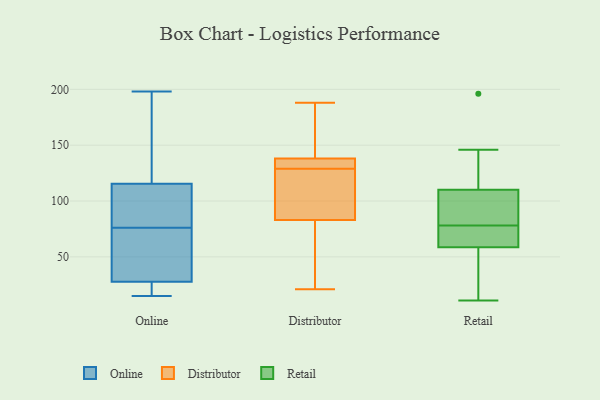
{"axis": {"x": "Conversion Rate (%)", "y": "Value"}, "legend": ["Distributor", "Online", "Retail"], "data": [{"x": "", "y": 54, "type": "Online"}, {"x": "", "y": 45, "type": "Online"}, {"x": "", "y": 148, "type": "Online"}, {"x": "", "y": 59, "type": "Online"}, {"x": "", "y": 198, "type": "Online"}, {"x": "", "y": 15, "type": "Online"}, {"x": "", "y": 116, "type": "Online"}, {"x": "", "y": 176, "type": "Online"}, {"x": "", "y": 30, "type": "Online"}, {"x": "", "y": 26, "type": "Online"}, {"x": "", "y": 77, "type": "Online"}, {"x": "", "y": 76, "type": "Online"}, {"x": "", "y": 16, "type": "Online"}, {"x": "", "y": 114, "type": "Online"}, {"x": "", "y": 20, "type": "Online"}, {"x": "", "y": 101, "type": "Online"}, {"x": "", "y": 198, "type": "Online"}, {"x": "", "y": 90, "type": "Online"}, {"x": "", "y": 27, "type": "Online"}, {"x": "", "y": 135, "type": "Distributor"}, {"x": "", "y": 139, "type": "Distributor"}, {"x": "", "y": 98, "type": "Distributor"}, {"x": "", "y": 145, "type": "Distributor"}, {"x": "", "y": 81, "type": "Distributor"}, {"x": "", "y": 155, "type": "Distributor"}, {"x": "", "y": 89, "type": "Distributor"}, {"x": "", "y": 89, "type": "Distributor"}, {"x": "", "y": 129, "type": "Distributor"}, {"x": "", "y": 186, "type": "Distributor"}, {"x": "", "y": 74, "type": "Distributor"}, {"x": "", "y": 134, "type": "Distributor"}, {"x": "", "y": 42, "type": "Distributor"}, {"x": "", "y": 188, "type": "Distributor"}, {"x": "", "y": 129, "type": "Distributor"}, {"x": "", "y": 135, "type": "Distributor"}, {"x": "", "y": 21, "type": "Distributor"}, {"x": "", "y": 48, "type": "Distributor"}, {"x": "", "y": 116, "type": "Distributor"}, {"x": "", "y": 13, "type": "Retail"}, {"x": "", "y": 99, "type": "Retail"}, {"x": "", "y": 68, "type": "Retail"}, {"x": "", "y": 121, "type": "Retail"}, {"x": "", "y": 196, "type": "Retail"}, {"x": "", "y": 83, "type": "Retail"}, {"x": "", "y": 89, "type": "Retail"}, {"x": "", "y": 76, "type": "Retail"}, {"x": "", "y": 146, "type": "Retail"}, {"x": "", "y": 19, "type": "Retail"}, {"x": "", "y": 137, "type": "Retail"}, {"x": "", "y": 54, "type": "Retail"}, {"x": "", "y": 11, "type": "Retail"}, {"x": "", "y": 63, "type": "Retail"}, {"x": "", "y": 98, "type": "Retail"}, {"x": "", "y": 74, "type": "Retail"}, {"x": "", "y": 80, "type": "Retail"}, {"x": "", "y": 140, "type": "Retail"}, {"x": "", "y": 65, "type": "Retail"}, {"x": "", "y": 16, "type": "Retail"}]}